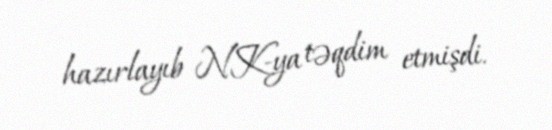
hazırlayıb NK-ya təqdim etmişdi.